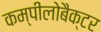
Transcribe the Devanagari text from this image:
कम्पीलोबैक्टर